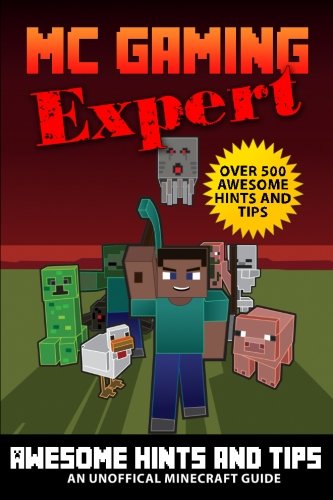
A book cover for Over 500 Awesome Hints & Tips - MineGuides: An Unofficial Minecraft Guide (Gaming Expert - Unofficial Minecraft Guides) (Volume 2); Terry Mayer; Children's Books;